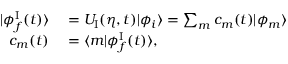
\begin{array} { r l } { \vert \phi _ { f } ^ { \mathrm { I } } ( t ) \rangle } & { { } = U _ { \mathrm { I } } ( \eta , t ) \vert \phi _ { i } \rangle = \sum _ { m } c _ { m } ( t ) \vert \phi _ { m } \rangle } \\ { c _ { m } ( t ) } & { { } = \langle m \vert \phi _ { f } ^ { \mathrm { I } } ( t ) \rangle , } \end{array}